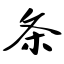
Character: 条